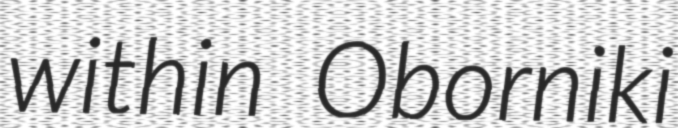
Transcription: within Oborniki